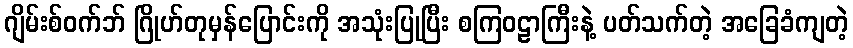
ဂျိမ်းစ်ဝက်ဘ် ဂြိုဟ်တုမှန်ပြောင်းကို အသုံးပြုပြီး စကြဝဠာကြီးနဲ့ ပတ်သက်တဲ့ အခြေခံကျတဲ့